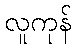
လူကုန်